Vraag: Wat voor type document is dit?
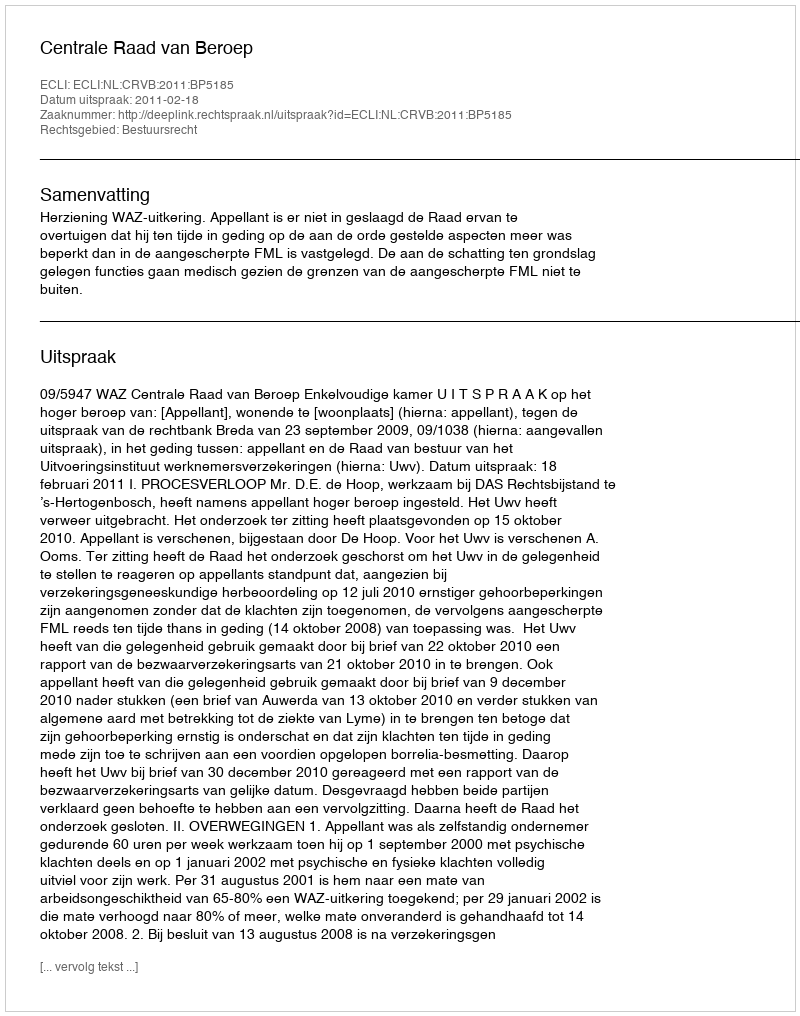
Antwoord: Uitspraak